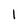
Character: l